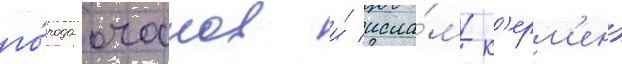
го́рода очаков и́ исла́м-к'ерм'ен)